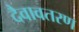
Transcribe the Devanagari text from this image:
दैवावतरण